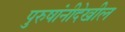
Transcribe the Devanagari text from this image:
पुरुषांनीदेखील